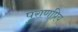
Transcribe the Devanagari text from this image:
पुराणप्रिय